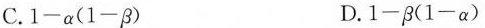
C. $$1 - α ( 1 - β )$$ D. $$1 - β ( 1 - α )$$